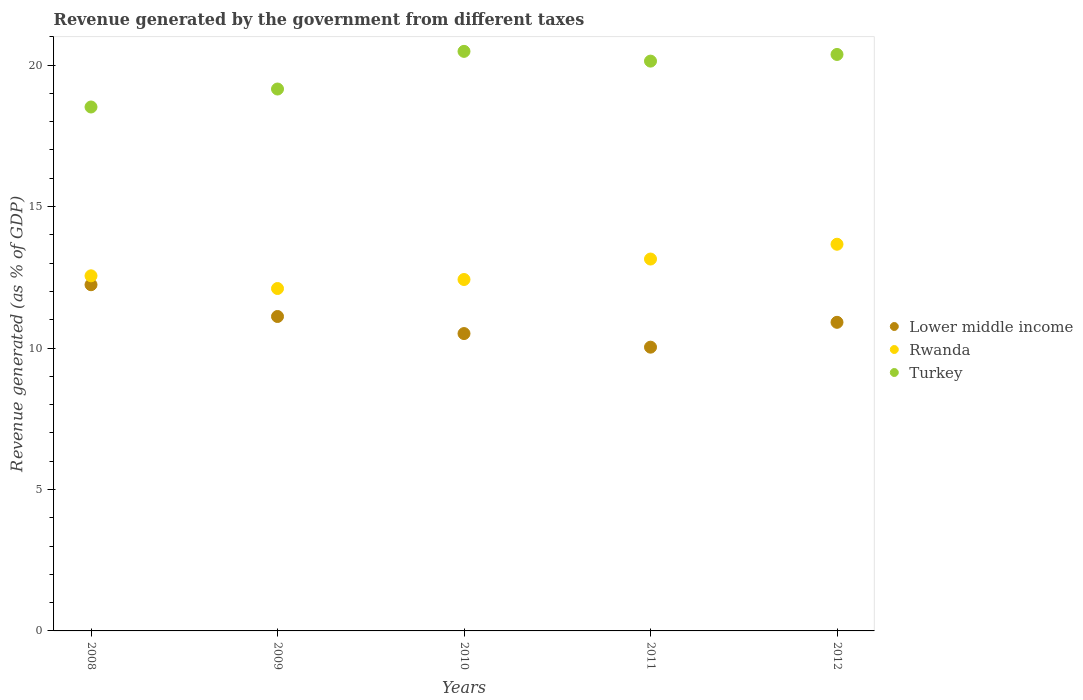
| Years | Lower middle income | Rwanda | Turkey |
 | --- | --- | --- | --- |
 | 2008 | 12.2 | 12.6 | 18.5 |
 | 2009 | 11.1 | 12.1 | 19.2 |
 | 2010 | 10.5 | 12.4 | 20.5 |
 | 2011 | 10 | 13.1 | 20.1 |
 | 2012 | 10.9 | 13.7 | 20.4 |